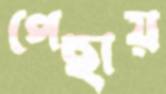
পেছায়